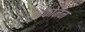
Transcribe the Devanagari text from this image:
राइकोनन